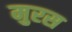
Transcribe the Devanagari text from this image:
मुरस